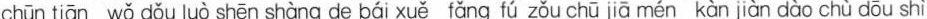
chūn tiān wǒ dǒu luò shēn shàng de bái xuě fǎng fú zǒu chū jiā mén kàn jiàn dào chù dōu shì